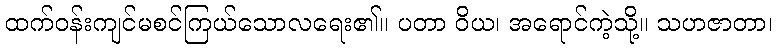
ထက်ဝန်းကျင်မစင်ကြယ်သောလရေး၏။ ပတာ ဝိယ၊ အရောင်ကဲ့သို့။ သဟဇာတာ၊